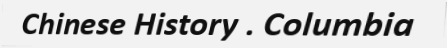
Chinese History . Columbia